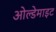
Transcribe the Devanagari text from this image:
ओल्डेमाइट